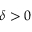
\delta > 0